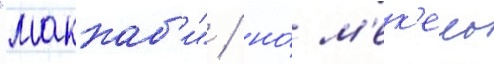
"маккаб'и" / но́ м'ек'ель